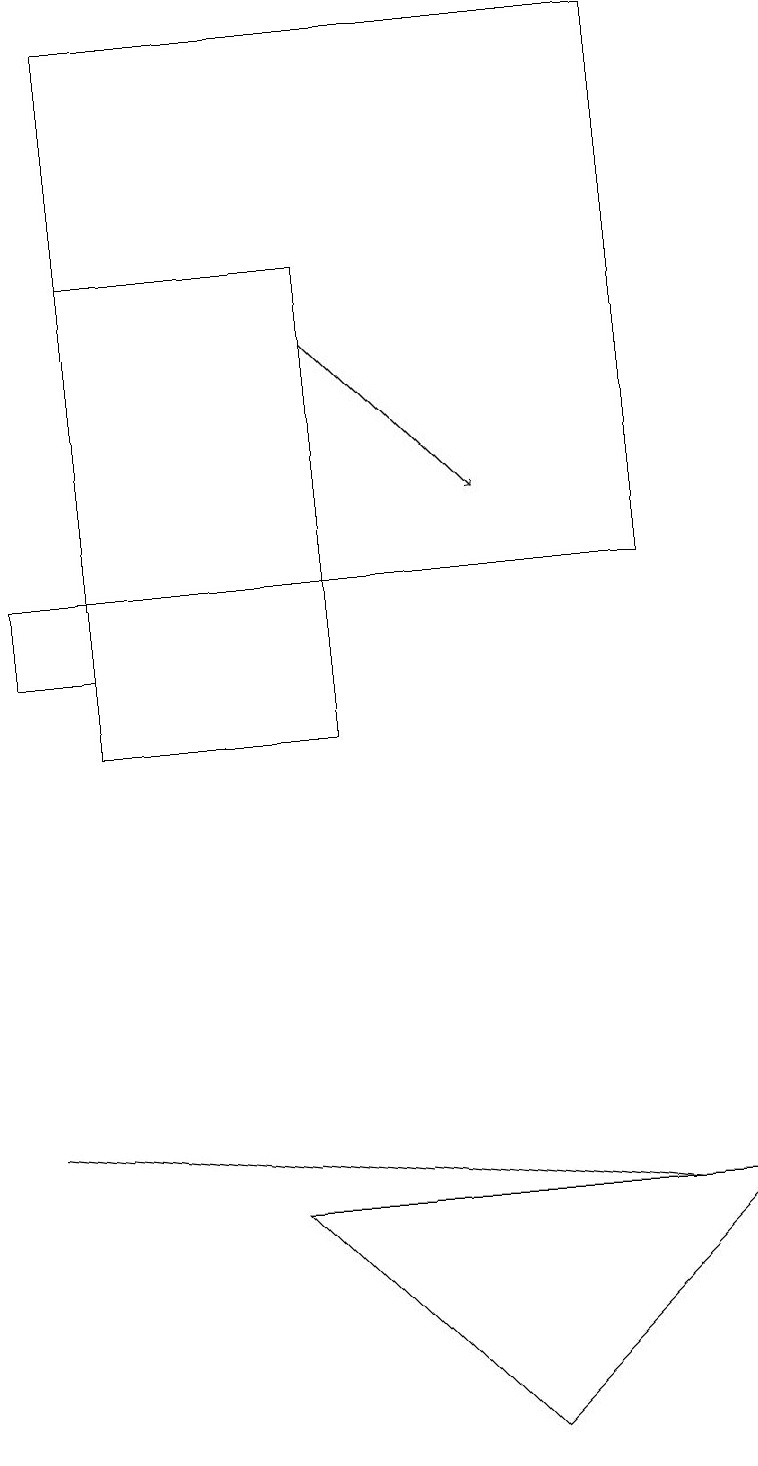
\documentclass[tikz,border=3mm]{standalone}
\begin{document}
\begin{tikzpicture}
\draw (8,12) rectangle (1,19);
\draw (0,12) rectangle (1,11);
\draw[->] (4,15) -- (6,13);
\draw (0,5) -- (8,4) -- (0,5) -- cycle;
\draw (4,16) rectangle (1,10);
\draw (3,4) -- (9,4) -- (6,1) -- cycle;
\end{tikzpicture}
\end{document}